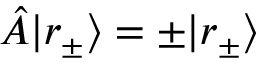
\hat { A } | r _ { \pm } \rangle = \pm | r _ { \pm } \rangle